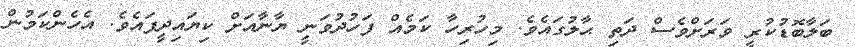
ބަލާބޮޑުކުރީ ވަރަށްވެސް ދަތި ޙާލުގައެވެ. މިހުރިހާ ކަމެއް ފަހުދުވަނީ ޔާނާއަށް ކިޔައިދީފައެވެ. އެހެންކަމުން